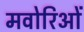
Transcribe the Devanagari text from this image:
मवोरिओं